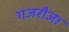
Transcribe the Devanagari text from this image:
गजरौजा